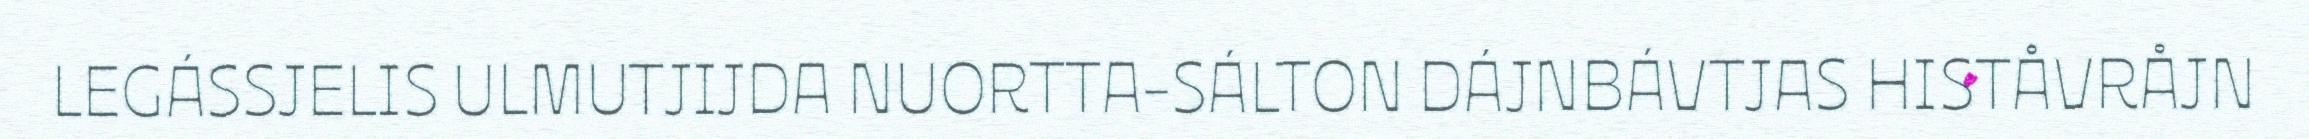
LEGÁSSJELIS ULMUTJIJDA NUORTTA-SÁLTON DÁJNBÁVTJAS HISTÅVRÅJN